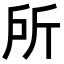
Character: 所